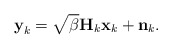
\begin{align*}\textbf{y}_k=\sqrt{\beta}\textbf{H}_k\textbf{x}_k+\textbf{n}_k.\end{align*}